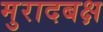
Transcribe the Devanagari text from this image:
मुरादबक्ष